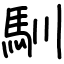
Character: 馴